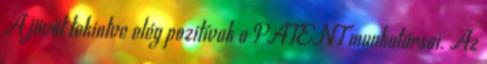
A jövőt tekintve elég pozitívak a PATENT munkatársai. Az